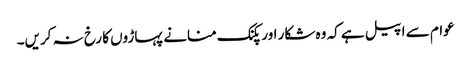
عوام سے اپیل ہے کہ وہ شکار اور پکنک منانے پہاڑوں کا رخ نہ کریں۔